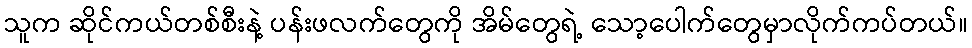
သူက ဆိုင်ကယ်တစ်စီးနဲ့ ပန်းဖလက်တွေကို အိမ်တွေရဲ့ သော့ပေါက်တွေမှာလိုက်ကပ်တယ်။